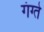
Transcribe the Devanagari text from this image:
गंग्ते